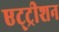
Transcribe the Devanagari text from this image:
एट्ट्रीशन